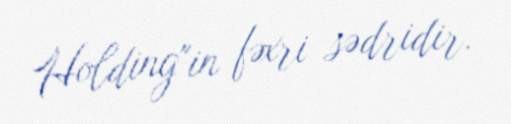
Holding"in fəxri sədridir.